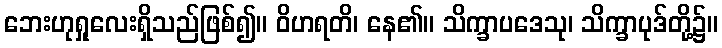
ဘေးဟုရှုလေးရှိသည်ဖြစ်၍။ ဝိဟရတိ၊ နေ၏။ သိက္ခာပဒေသု၊ သိက္ခာပုဒ်တို့၌။